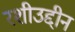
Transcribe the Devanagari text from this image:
रशीउद्दीन